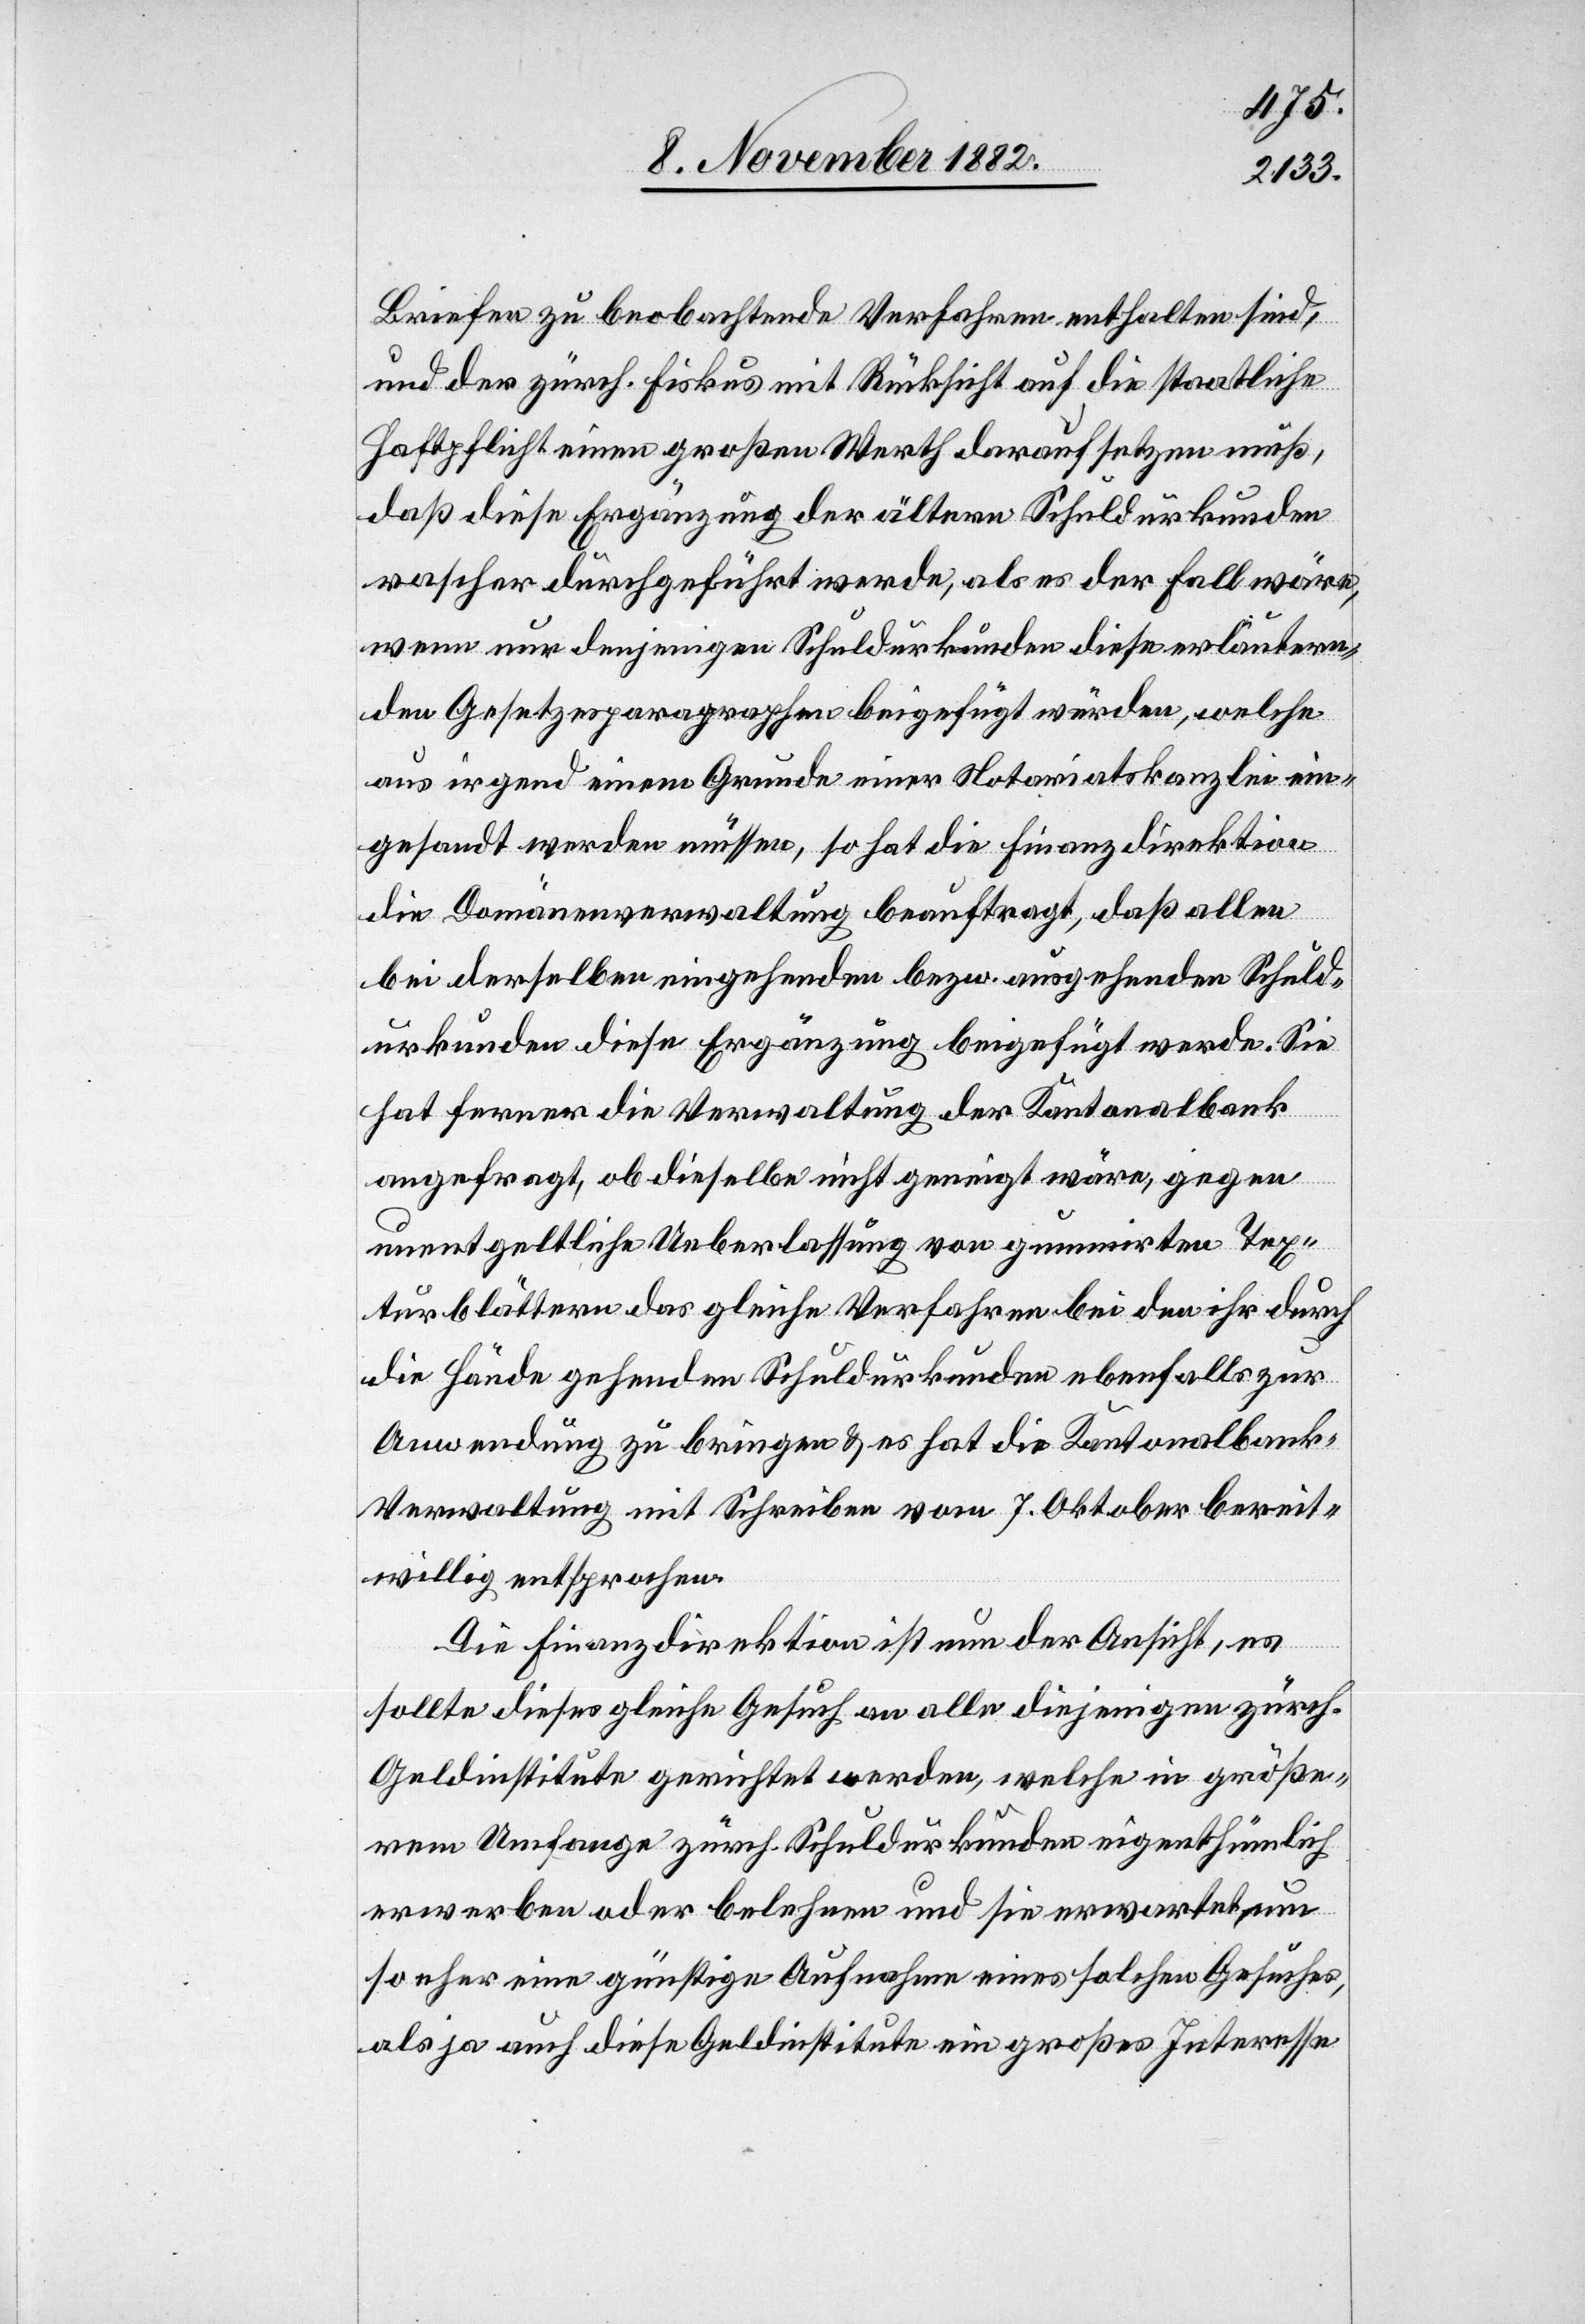
Briefen zu beobachtende Verfahren enthalten sind,
und der zürch. Fiskus mit Rücksicht auf die staatliche
Haftpflicht einen großen Werth darauf setzen muß,
daß diese Ergänzung der ältern Schuldurkunden
rascher durchgeführt werde, als es der Fall wäre,
wenn nur denjenigen Schuldurkunden diese erläutern¬
den Gesetzesparagraphen beigefügt würden, welche
aus irgend einem Grund einer Notariatskanzlei ein¬
gesandt werden müssen, so hat die Finanzdirektion
die Domänenverwaltung beauftragt, daß allen
bei derselben eingehenden bezw. ausgehenden Schuld¬
urkunden diese Ergänzung beigefügt werden. Sie
hat ferner die Verwaltung der Kantonalbank
angefragt, ob dieselbe nicht geneigt wäre, gegen
unentgeltliche Ueberlassung von gummirten Tex¬
turblättern das gleiche Verfahren bei den ihr durch
die Hände gehenden Schuldurkunden ebenfalls zur
Anwendung zu bringen & es hat die Kantonalbank-V¬
erwaltung mit Schreiben vom 7. Oktober bereit¬
willig entsprochen.
Die Finanzdirektion ist nun der Ansicht, es
sollte dieses gleiche Gesuch an alle diejenigen zürch.
Geldinstitute gerichtet werden, welche in größe¬
rem Umfange zürch. Schuldurkunden eigenthümlich
erwerben oder belehnen und sie erwartet um
so eher eine günstige Aufnahme eines solchen Gesuches,
als ja auch diese Geldinstitute ein großes Interesse